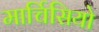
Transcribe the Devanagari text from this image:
मार्चिसियो